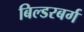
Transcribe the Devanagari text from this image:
बिल्डरबर्ग